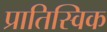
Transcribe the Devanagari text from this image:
प्रातिस्विक